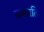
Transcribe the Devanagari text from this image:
समप्रति